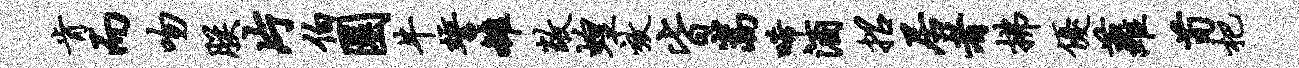
肯而吻朕片伯圜牛誓雒敞蝗效皆嵩唏酒招居者拂优萝荀杷